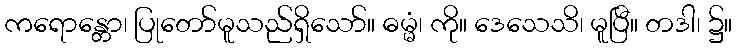
ကရောန္တော၊ ပြုတော်မူသည်ရှိသော်။ ဓမ္မံ၊ ကို။ ဒေသေသိ၊ မူပြီ။ တဒါ၊ ၌။